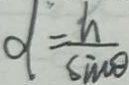
d = \frac { h } { \sin \theta }